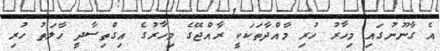
އެ ގާނޫނުގައި މިހާރު ހުރި މާއްދާތަކަކީ ރާއްޖޭގެ މިހާރުގެ އިގްތިސާދީ ހާލަތު ހުރި